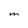
Character: M